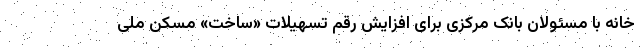
خانه با مسئولان بانک مرکزی برای افزایش رقم تسهیلات «ساخت» مسکن ملی